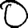
Digit: 0